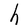
Character: h